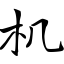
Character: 机